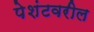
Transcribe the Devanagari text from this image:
पेशंटवरील